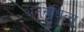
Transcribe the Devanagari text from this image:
अनुसंधित्सु